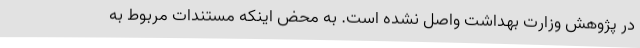
در پژوهش وزارت بهداشت واصل نشده است. به محض اینکه مستندات مربوط به